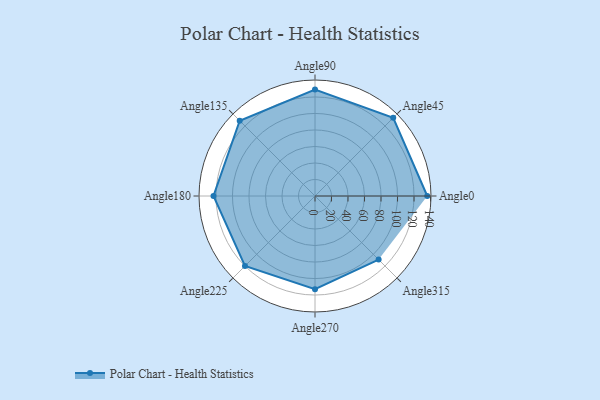
{"axis": {"x": "Angle", "y": "Radius"}, "legend": [""], "data": [{"x": "Angle0", "y": 136.0, "type": ""}, {"x": "Angle45", "y": 134.0, "type": ""}, {"x": "Angle90", "y": 129.0, "type": ""}, {"x": "Angle135", "y": 129.0, "type": ""}, {"x": "Angle180", "y": 123.0, "type": ""}, {"x": "Angle225", "y": 120.0, "type": ""}, {"x": "Angle270", "y": 113.0, "type": ""}, {"x": "Angle315", "y": 109.0, "type": ""}]}